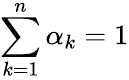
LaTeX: \sum_{k=1}^{n}\alpha_{k}=1